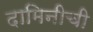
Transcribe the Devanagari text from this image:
दामिनीची